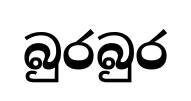
බුරබුර